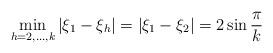
LaTeX: \begin{align*}\min\limits_{h=2,\dots,k}\left|\xi_1 - \xi_h\right|=\left|\xi_1 - \xi_2 \right|= 2\sin{\pi\over k}\end{align*}